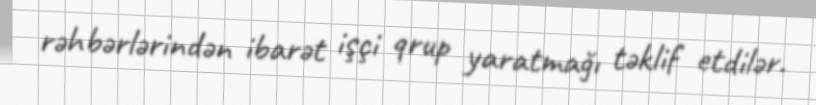
rəhbərlərindən ibarət işçi qrup yaratmağı təklif etdilər.